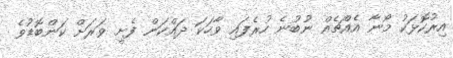
އިރުކޮޅަކު މޯނާ އެއްޗެއް ނުބުނެ ހުރެފައި ވާހަކަ ދައްކަން ފެށީ ވަރަށް ކަންބޮޑުވެ